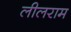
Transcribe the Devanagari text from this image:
लीलराम